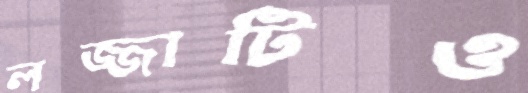
লজ্জাটিও